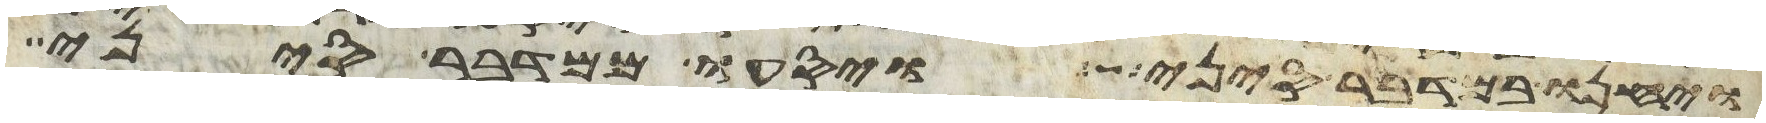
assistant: ויחנו במדבר סיני ויסעו ממדבר סיני